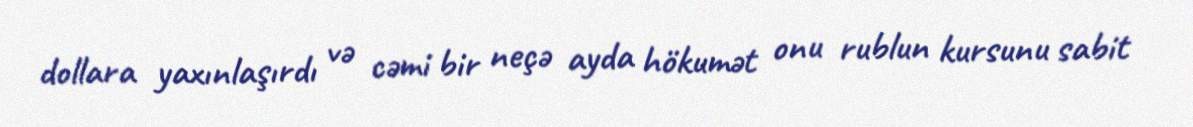
dollara yaxınlaşırdı və cəmi bir neçə ayda hökumət onu rublun kursunu sabit